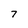
Character: 7